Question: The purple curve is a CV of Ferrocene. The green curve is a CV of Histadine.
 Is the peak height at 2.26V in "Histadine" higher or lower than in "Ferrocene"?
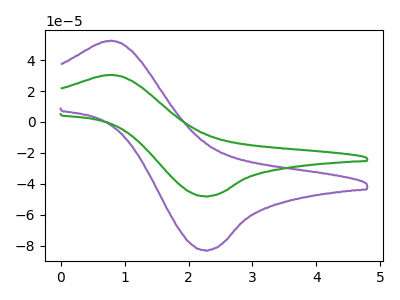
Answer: <think>The purple curve "Ferrocene" has an anodic peak at (0.80V, 52.55uA) and a cathodic peak at (2.25V, -82.90uA). The green curve "Histadine" has an anodic peak at (0.80V, 30.45uA) and a cathodic peak at (2.25V, -48.00uA).</think>
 <answer>The peak at 2.26V is lower in "Histadine" than in "Ferrocene".</answer>
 <eval>lower</eval>